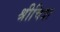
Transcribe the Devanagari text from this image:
श्रीचित्रा